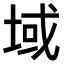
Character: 域